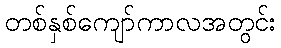
တစ်နှစ်ကျော်ကာလအတွင်း